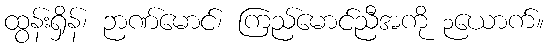
ထွန်းရှိန်၊ ဉာဏ်မောင်၊ ကြည်မောင်ညီအကို ၃ယောက်။